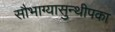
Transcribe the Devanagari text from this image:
सौभाग्यासुन्थीपका